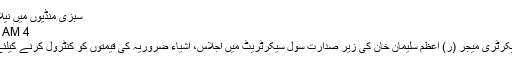
سبزی منڈیوں میں نیلامی کی نگرانی کا فیصلہ
4 Dec, 2019 | 11:08 AM
(قیصر کھوکھر) چیف سیکرٹری میجر (ر) اعظم سلیمان خان کی زیر صدارت سول سیکرٹریٹ میں اجلاس، اشیاء ضروریہ کی قیمتوں کو کنٹرول کرنے کیلئے اقدامات کاجائزہ لیا گیا۔